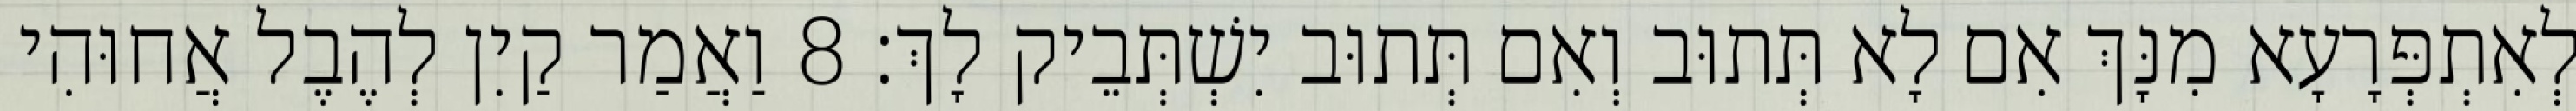
לְאִתְפְּרָעָא מִנָּךְ אִם לָא תְּתוּב וְאִם תְּתוּב יִשְׁתְּבֵיק לָךְ׃ 8 וַאֲמַר קַיִן לְהֶבֶל אֲחוּהִי